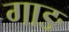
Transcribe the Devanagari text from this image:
गाङ